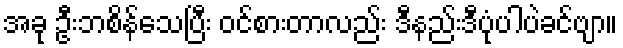
အခု ဦးဘစိန်သေပြီး ဝင်စားတာလည်း ဒီနည်းဒီပုံပါပဲခင်ဗျာ။